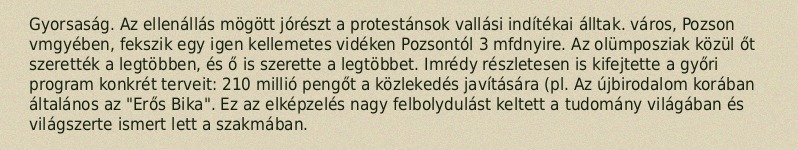
Gyorsaság. Az ellenállás mögött jórészt a protestánsok vallási indítékai álltak. város, Pozson vmgyében, fekszik egy igen kellemetes vidéken Pozsontól 3 mfdnyire. Az olümposziak közül őt szerették a legtöbben, és ő is szerette a legtöbbet. Imrédy részletesen is kifejtette a győri program konkrét terveit: 210 millió pengőt a közlekedés javítására (pl. Az újbirodalom korában általános az "Erős Bika". Ez az elképzelés nagy felbolydulást keltett a tudomány világában és világszerte ismert lett a szakmában.